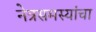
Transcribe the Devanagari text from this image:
नेत्रसमस्यांचा